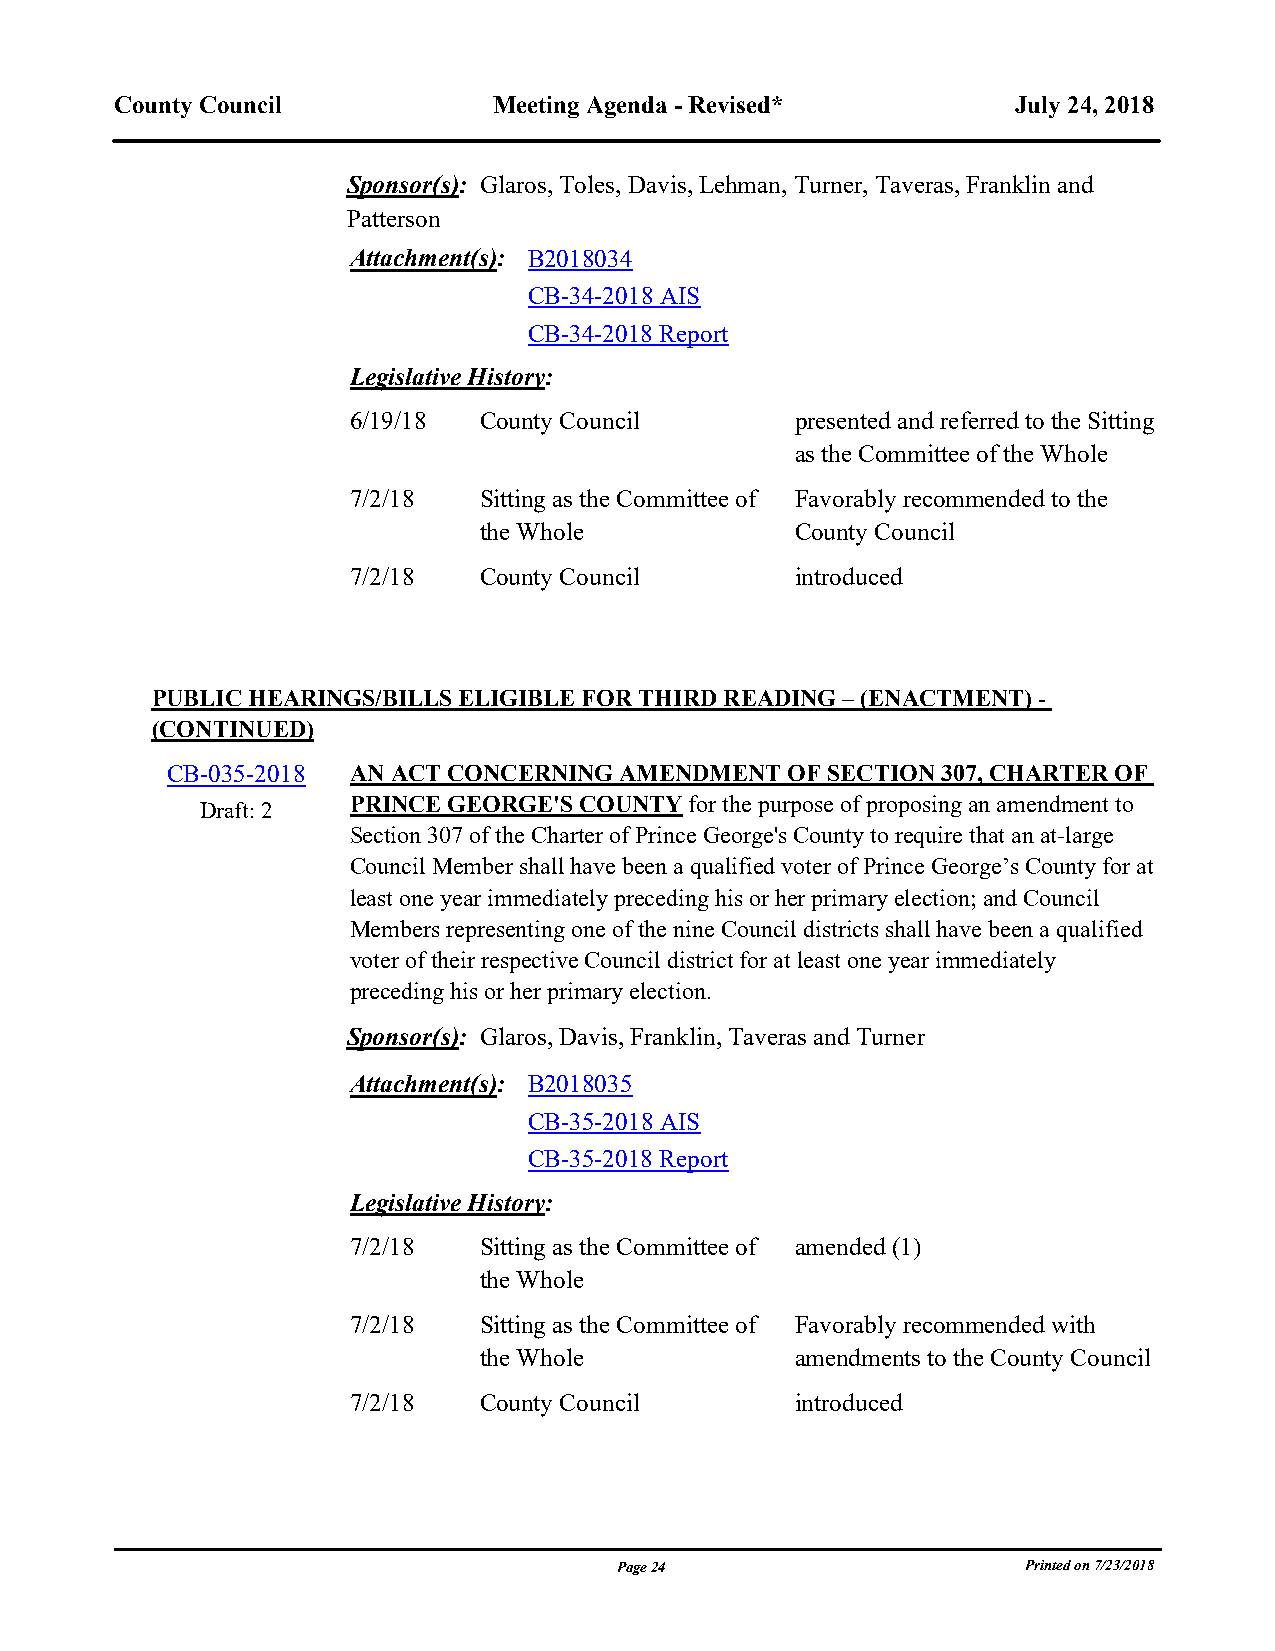
County Council           Meeting Agenda - Revised*         July 24, 2018
 Sponsor(s): Glaros, Toles, Davis, Lehman, Turner, Taveras, Franklin and
 Patterson
 Attachment(s): B2018034
 CB-34-2018 AIS
 CB-34-2018 Report
 Legislative History:
 6/19/18  County Council       presented and referred to the Sitting
 as the Committee of the Whole
 7/2/18   Sitting as the Committee of Favorably recommended to the
 the Whole            County Council
 7/2/18   County Council       introduced
 blank line
 PUBLIC HEARINGS/BILLS ELIGIBLE FOR THIRD READING – (ENACTMENT) -
 (CONTINUED)
 CB-035-2018 AN ACT CONCERNING AMENDMENT  OF SECTION 307, CHARTER OF
 PRINCE GEORGE'S COUNTY for the purpose of proposing an amendment to
 Draft: 2
 Section 307 of the Charter of Prince George's County to require that an at-large
 Council Member shall have been a qualified voter of Prince George’s County for at
 least one year immediately preceding his or her primary election; and Council
 Members representing one of the nine Council districts shall have been a qualified
 voter of their respective Council district for at least one year immediately
 preceding his or her primary election.
 Sponsor(s): Glaros, Davis, Franklin, Taveras and Turner
 Attachment(s): B2018035
 CB-35-2018 AIS
 CB-35-2018 Report
 Legislative History:
 7/2/18   Sitting as the Committee of amended (1)
 the Whole
 7/2/18   Sitting as the Committee of Favorably recommended with
 the Whole            amendments to the County Council
 7/2/18   County Council       introduced
 blank line
 Page 24                    Printed on 7/23/2018